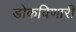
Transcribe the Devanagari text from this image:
डोकविणारी